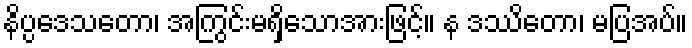
နိပ္ပဒေသတော၊ အကြွင်းမရှိသောအားဖြင့်။ န ဒဿိတော၊ မပြအပ်။